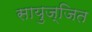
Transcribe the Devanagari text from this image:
सायुज्जित